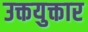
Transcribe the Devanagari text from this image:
उक्तयुक्तार